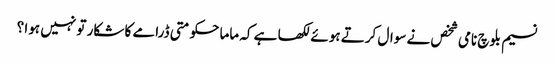
نسیم بلوچ نامی شخص نے سوال کرتے ہوئے لکھا ہے کہ ماما حکومتی ڈرامے کا شکار تو نہیں ہوا ؟